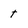
Character: t